Report on lock hospitals in British Burma
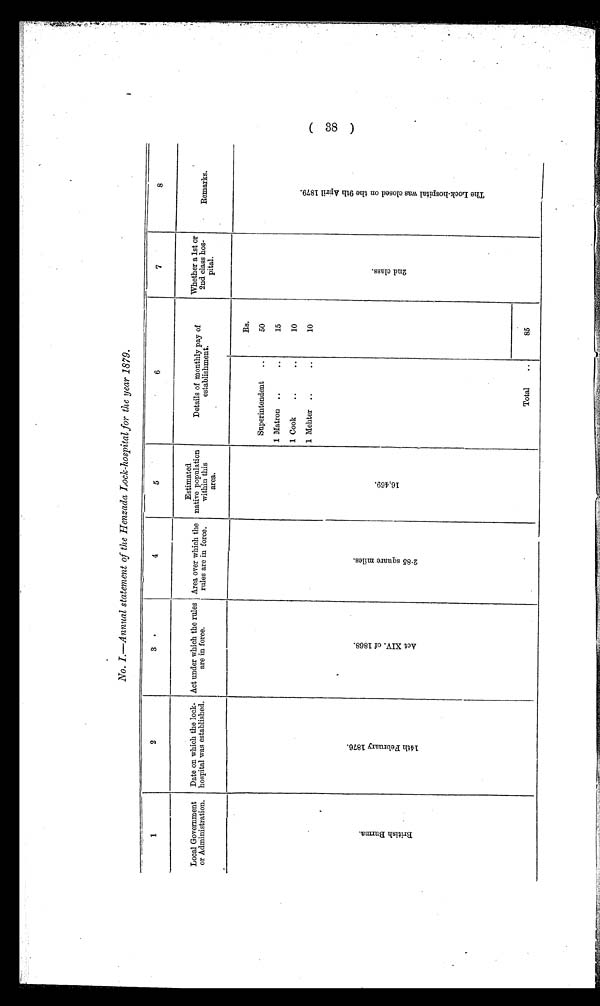
No. 1.—Annual statement of the Henzada Lock-hospital for the year 1879.
1
2
3•
4
5
6
7
8
Local Government
or Administration.
Date on which the lock-
hospital was established.
Act under which the rules
are in force.
Area over which the
rules are in force,
Estimated
native population
within this
area.
Details of monthly pay of
establishment.
Whether a 1st or
2nd class hos-
pital.
Remarks.
Superintendent ..
Rs.
50
2 n d c l a s s .
T h e L o c k - h o s p i t a l w a s c l o s e d o n t h e 9 t h A p r i l 1 8 7 9 .
1Matron ..
..
15
1Cook
..
..
10
1Mehter ..
..
10
B r i t i h s B u r m a .
1 4 t h F e b r u a r y 1 8 7 6 .
A c t X I V O F 1 8 6 8 .
2 . 8 5 S q u a r e m i l e s .
1 6 , 4 6 9 .
Total
..
85
(33)